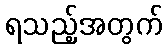
ရသည့်အတွက်